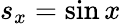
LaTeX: s_{x}=\sin x